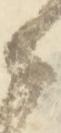
之